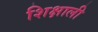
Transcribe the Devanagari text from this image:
शिक्षाली